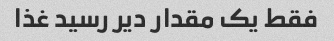
فقط یک مقدار دیر رسید غذا